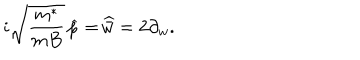
LaTeX: i \sqrt { \frac { m ^ { * } } { m B } } \, \widehat { p } = \widehat { \! \bar { w } } = 2 \partial _ { w } .